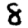
Digit: 8